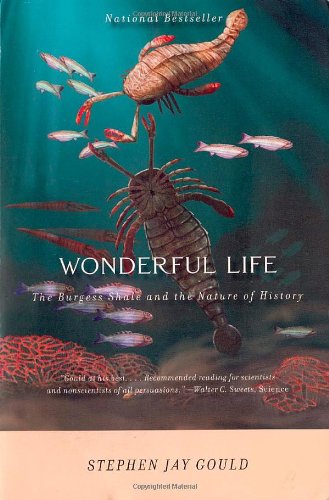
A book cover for Wonderful Life: The Burgess Shale and the Nature of History; Stephen Jay Gould; Science & Math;